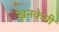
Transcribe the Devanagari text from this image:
खनकेगी